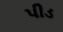
પીડ